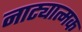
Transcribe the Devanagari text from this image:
नाट्यात्मक